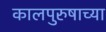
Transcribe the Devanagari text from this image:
कालपुरुषाच्या